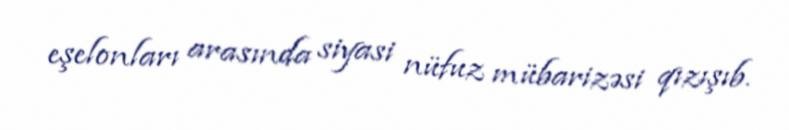
eşelonları arasında siyasi nüfuz mübarizəsi qızışıb.